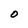
Character: O